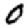
Digit: 0